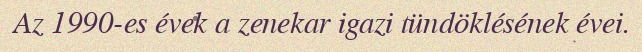
Az 1990-es évek a zenekar igazi tündöklésének évei.